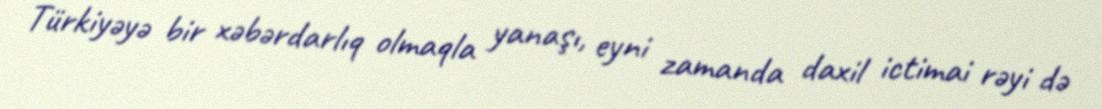
Türkiyəyə bir xəbərdarlıq olmaqla yanaşı, eyni zamanda daxil ictimai rəyi də